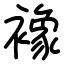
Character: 襐